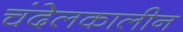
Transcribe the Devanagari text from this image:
चंदेलकालीन